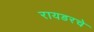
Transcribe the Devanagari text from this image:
रायडरचे